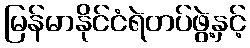
မြန်မာနိုင်ငံရဲတပ်ဖွဲ့နှင့်